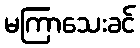
မကြာသေးခင်